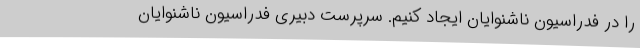
را در فدراسیون ناشنوایان ایجاد کنیم. سرپرست دبیری فدراسیون ناشنوایان